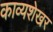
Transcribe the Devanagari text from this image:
काव्यशेखर